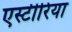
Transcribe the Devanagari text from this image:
एस्टीरिया